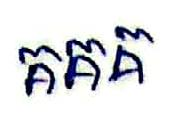
គគគ